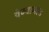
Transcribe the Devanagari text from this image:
वेम्बानाड